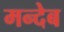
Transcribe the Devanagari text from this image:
मन्देब